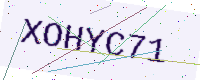
Text: XOHYC71